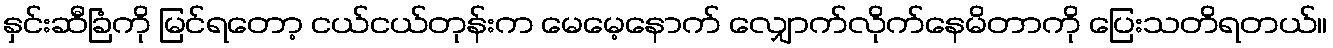
နှင်းဆီခြံကို မြင်ရတော့ ငယ်ငယ်တုန်းက မေမေ့နောက် လျှောက်လိုက်နေမိတာကို ပြေးသတိရတယ်။